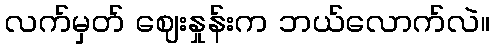
လက်မှတ် ဈေးနှုန်းက ဘယ်လောက်လဲ။